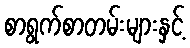
စာရွက်စာတမ်းများနှင့်